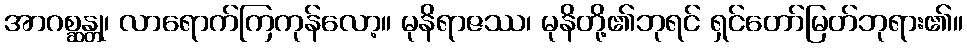
အာဂစ္ဆန္တု၊ လာရောက်ကြကုန်လော့။ မုနိရာဇဿ၊ မုနိတို့၏ဘုရင် ရှင်တော်မြတ်ဘုရား၏။